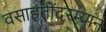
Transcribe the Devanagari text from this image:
वसाहतींदरम्यान